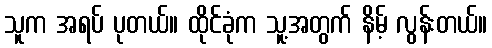
သူက အရပ် ပုတယ်။ ထိုင်ခုံက သူ့အတွက် နိမ့် လွန်းတယ်။